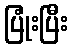
ပြုံးပြီး